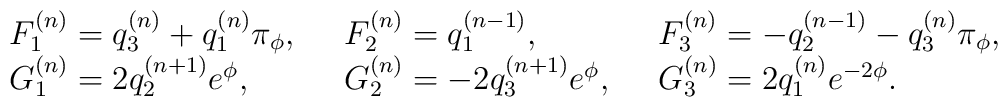
\left. \begin{array}{lll}F^{(n)}_{1}=q^{(n)}_{3} + q^{(n)}_{1} \pi_{\phi} ,\,\,\,\,&F^{(n)}_{2}=q^{(n-1)}_{1} ,\,\,\,\,&F^{(n)}_{3}=-q^{(n-1)}_{2} - q^{(n)}_{3} \pi_{\phi} ,\\G^{(n)}_{1}=2q^{(n+1)}_{2} e^{\phi}  ,\,\,\,\,&G^{(n)}_{2}=-2q^{(n+1)}_{3} e^{\phi} ,\,\,\,\,&G^{(n)}_{3}=2q^{(n)}_{1} e^{-2\phi}.\end{array}\right.